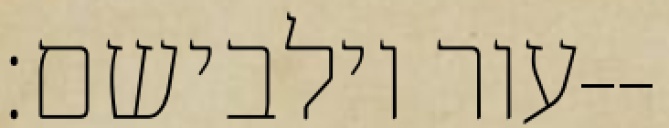
עור וילבישם׃--